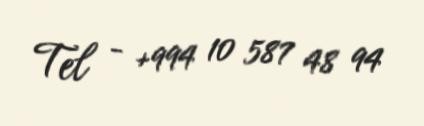
Tel - +994 10 587 48 94